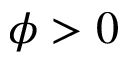
\phi > 0